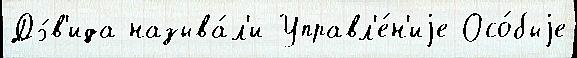
Дэ́в'ида называ́л'и Управл'е́н'иjе Осо́быjе